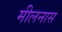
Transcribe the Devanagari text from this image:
मीलनास